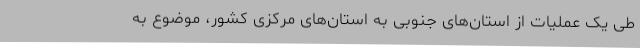
طی یک عملیات از استان‌های جنوبی به استان‌های مرکزی کشور، موضوع به